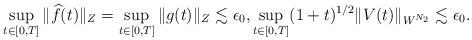
LaTeX: \begin{align*}\sup_{t\in[0,T]} \| \widehat{f}(t)\|_{Z} =\sup_{t\in[0,T]} \| g (t)\|_{Z} \lesssim \epsilon_0, \sup_{t\in[0,T]} (1+t)^{1/2} \| V(t)\|_{W^{N_2}} \lesssim \epsilon_0.\end{align*}